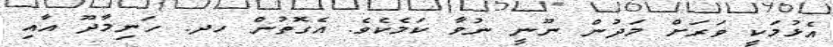
އެޅުމަކީ ވަރަށް މަދުން ނޫނީ ނުވާ ކަމެކެވެ. އެގޮތުން ހދ. ހަނިމާދޫ އާއި